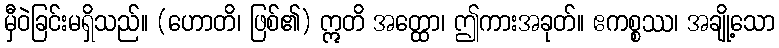
မှီဝဲခြင်းမရှိသည်။ (ဟောတိ၊ ဖြစ်၏) ဣတိ အတ္ထော၊ ဤကားအခုတ်။ ဧကစ္စဿ၊ အချို့သော